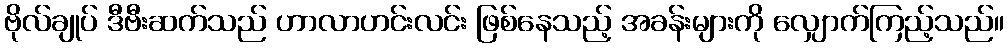
ဗိုလ်ချုပ် ဒီဗီးဆက်သည် ဟာလာဟင်းလင်း ဖြစ်နေသည့် အခန်းများကို လျှောက်ကြည့်သည်။